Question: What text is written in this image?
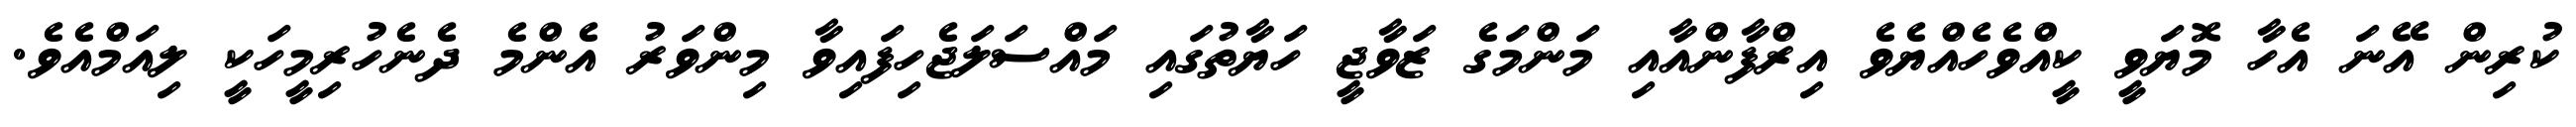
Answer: ކުރިން އޭނަ އެހާ މޮޔަވީ ކީއްވެހެއްޔެވެ އިރްފާންއާއި މަންމަގެ ޒަވާޖީ ހަޔާތުގައި މައްސަލަޖެހިފައިވާ މިންވަރު އެންމެ ދެނެހުރިމީހަކީ ލިއަމްއެވެ.